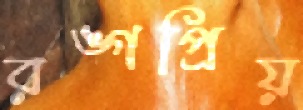
রঙ্গপ্রিয়